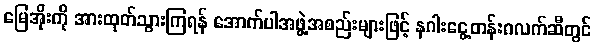
မြေအိုးကို အားထုတ်သွားကြရန် အောက်ပါအဖွဲ့အစည်းများဖြင့် နဂါးငွေ့တန်းဂလက်ဆီတွင်